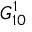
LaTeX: G _ { 1 0 } ^ { 1 }